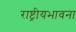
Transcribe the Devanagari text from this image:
राष्ट्रीयभावना